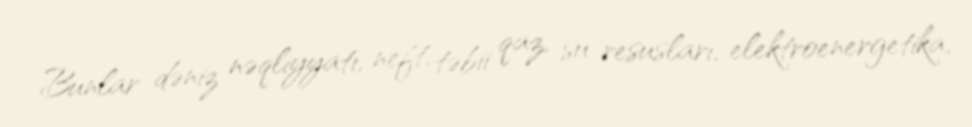
Bunlar dəniz nəqliyyatı, neft, təbii qaz, su resusları, elektroenergetika,